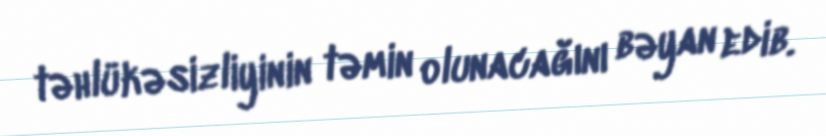
təhlükəsizliyinin təmin olunacağını bəyan edib.